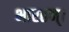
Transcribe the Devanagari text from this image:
भारतम्।